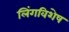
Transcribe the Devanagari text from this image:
लिंगविशेष